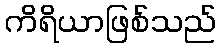
ကိရိယာဖြစ်သည်